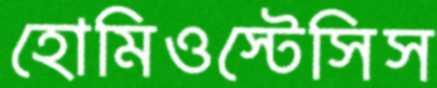
হোমিওস্টেসিস